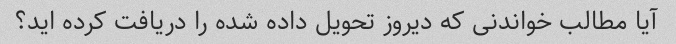
آیا مطالب خواندنی که دیروز تحویل داده شده را دریافت کرده اید؟